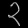
Digit: ၃